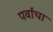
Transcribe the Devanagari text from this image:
पर्वांचा